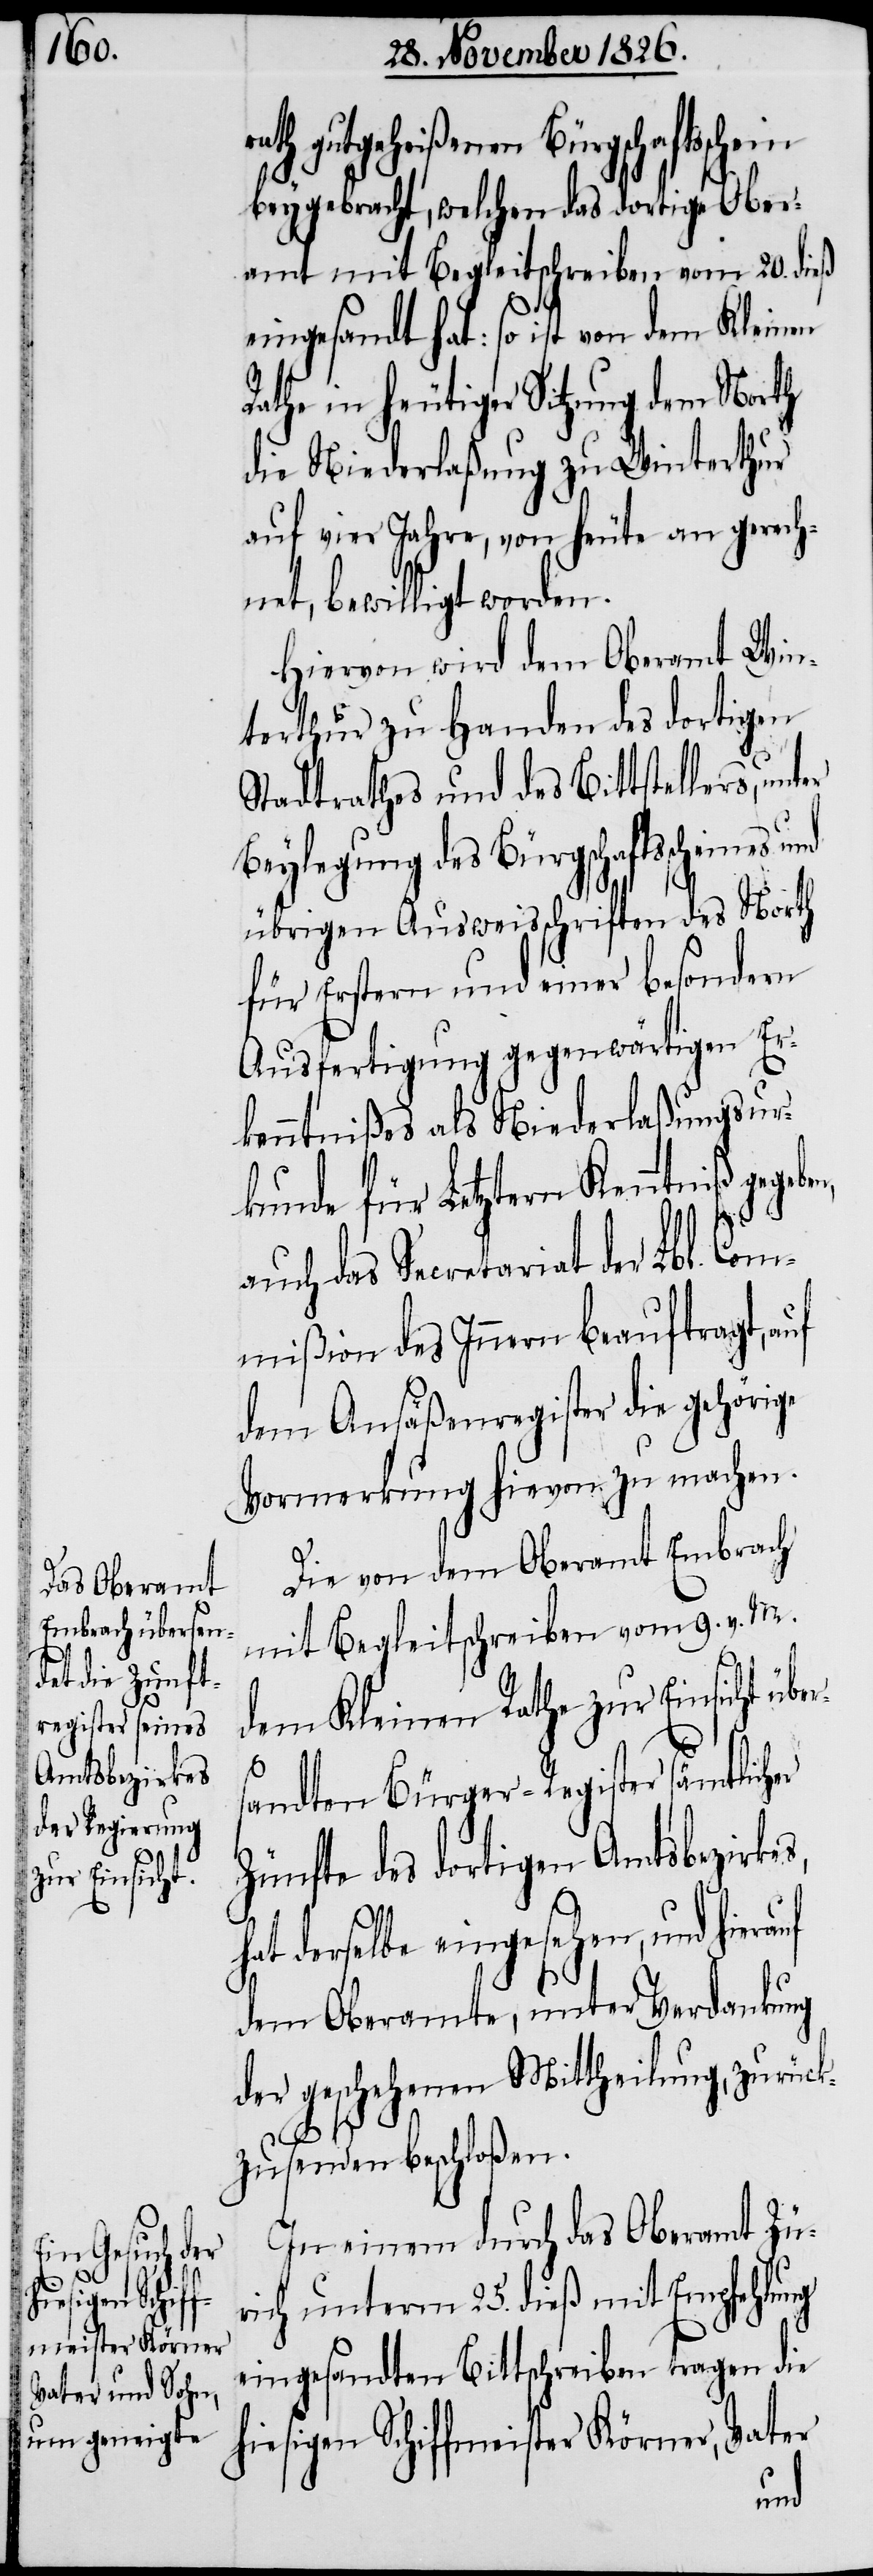
gutgeheißenen Bürgschaftssche¬
beygebracht, welchen das dortige Ober¬
amt mit Begleitschreiben vom 20. dieß
eingesandt hat: so ist von dem Kleinen
Rathe in heutiger Sitzung dem North
die Niederlaßung zu Winterthur
auf vier Jahre, von heute an gerech¬
net, bewilligt worden.
Hiervon wird dem Oberamt Win¬
terthur zu Handen des dortigen
Stadtrathes und des Bittstellers, unt¬
Beylegung des Bürgschaftsscheines
übrigen Ausweisschriften des North
für Erstern und einer besondern
Ausfertigung gegenwärtigen Er¬
kenntnißes als Niederlaßungsur¬
kunde für Letztern Kenntniß gegeb¬
auch das Secretariat der Lbl. Com¬
mißion des Innern beauftragt, auf
dem Ansäßenregister die gehörige
Vormerkung hievon zu machen.
Die von dem Oberamt Embrach
mit Begleitschreiben vom 9. v. M.
dem Kleinen Rathe zur Einsicht übe¬
rs¬
andten Bürger-Register sämtlicher
Zünfte des dortigen Amtsbezirkes,
hat derselbe eingesehen, und hierauf
dem Oberamte, unter Verdankung
der geschehenen Mittheilung, zurück¬
zusenden beschloßen.
In einem durch das Oberamt Zü¬
rich unterm 25. dieß mit Empfehlung
eingesandten Bittschreiben tragen die
hiesigen Schiffmeister Körner, Vater
en,